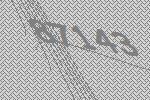
87143